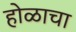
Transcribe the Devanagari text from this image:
होळाचा